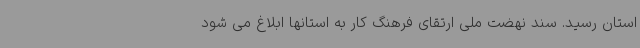
استان رسید. سند نهضت ملی ارتقای فرهنگ کار به استانها ابلاغ می شود